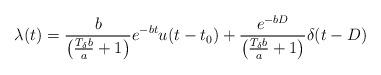
LaTeX: \begin{align*}\lambda(t) = \frac{b}{\left(\frac{T_{\delta}b}{a} + 1\right)}e^{-bt}u(t-t_0) + \frac{e^{-bD}}{\left(\frac{T_{\delta}b}{a}+1\right)} \delta(t-D)\end{align*}